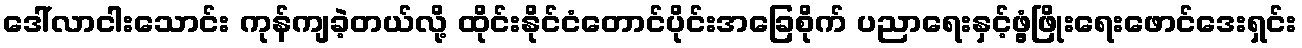
ဒေါ်လာငါးသောင်း ကုန်ကျခဲ့တယ်လို့ ထိုင်းနိုင်ငံတောင်ပိုင်းအခြေစိုက် ပညာရေးနှင့်ဖွံ့ဖြိုးရေးဖောင်ဒေးရှင်း